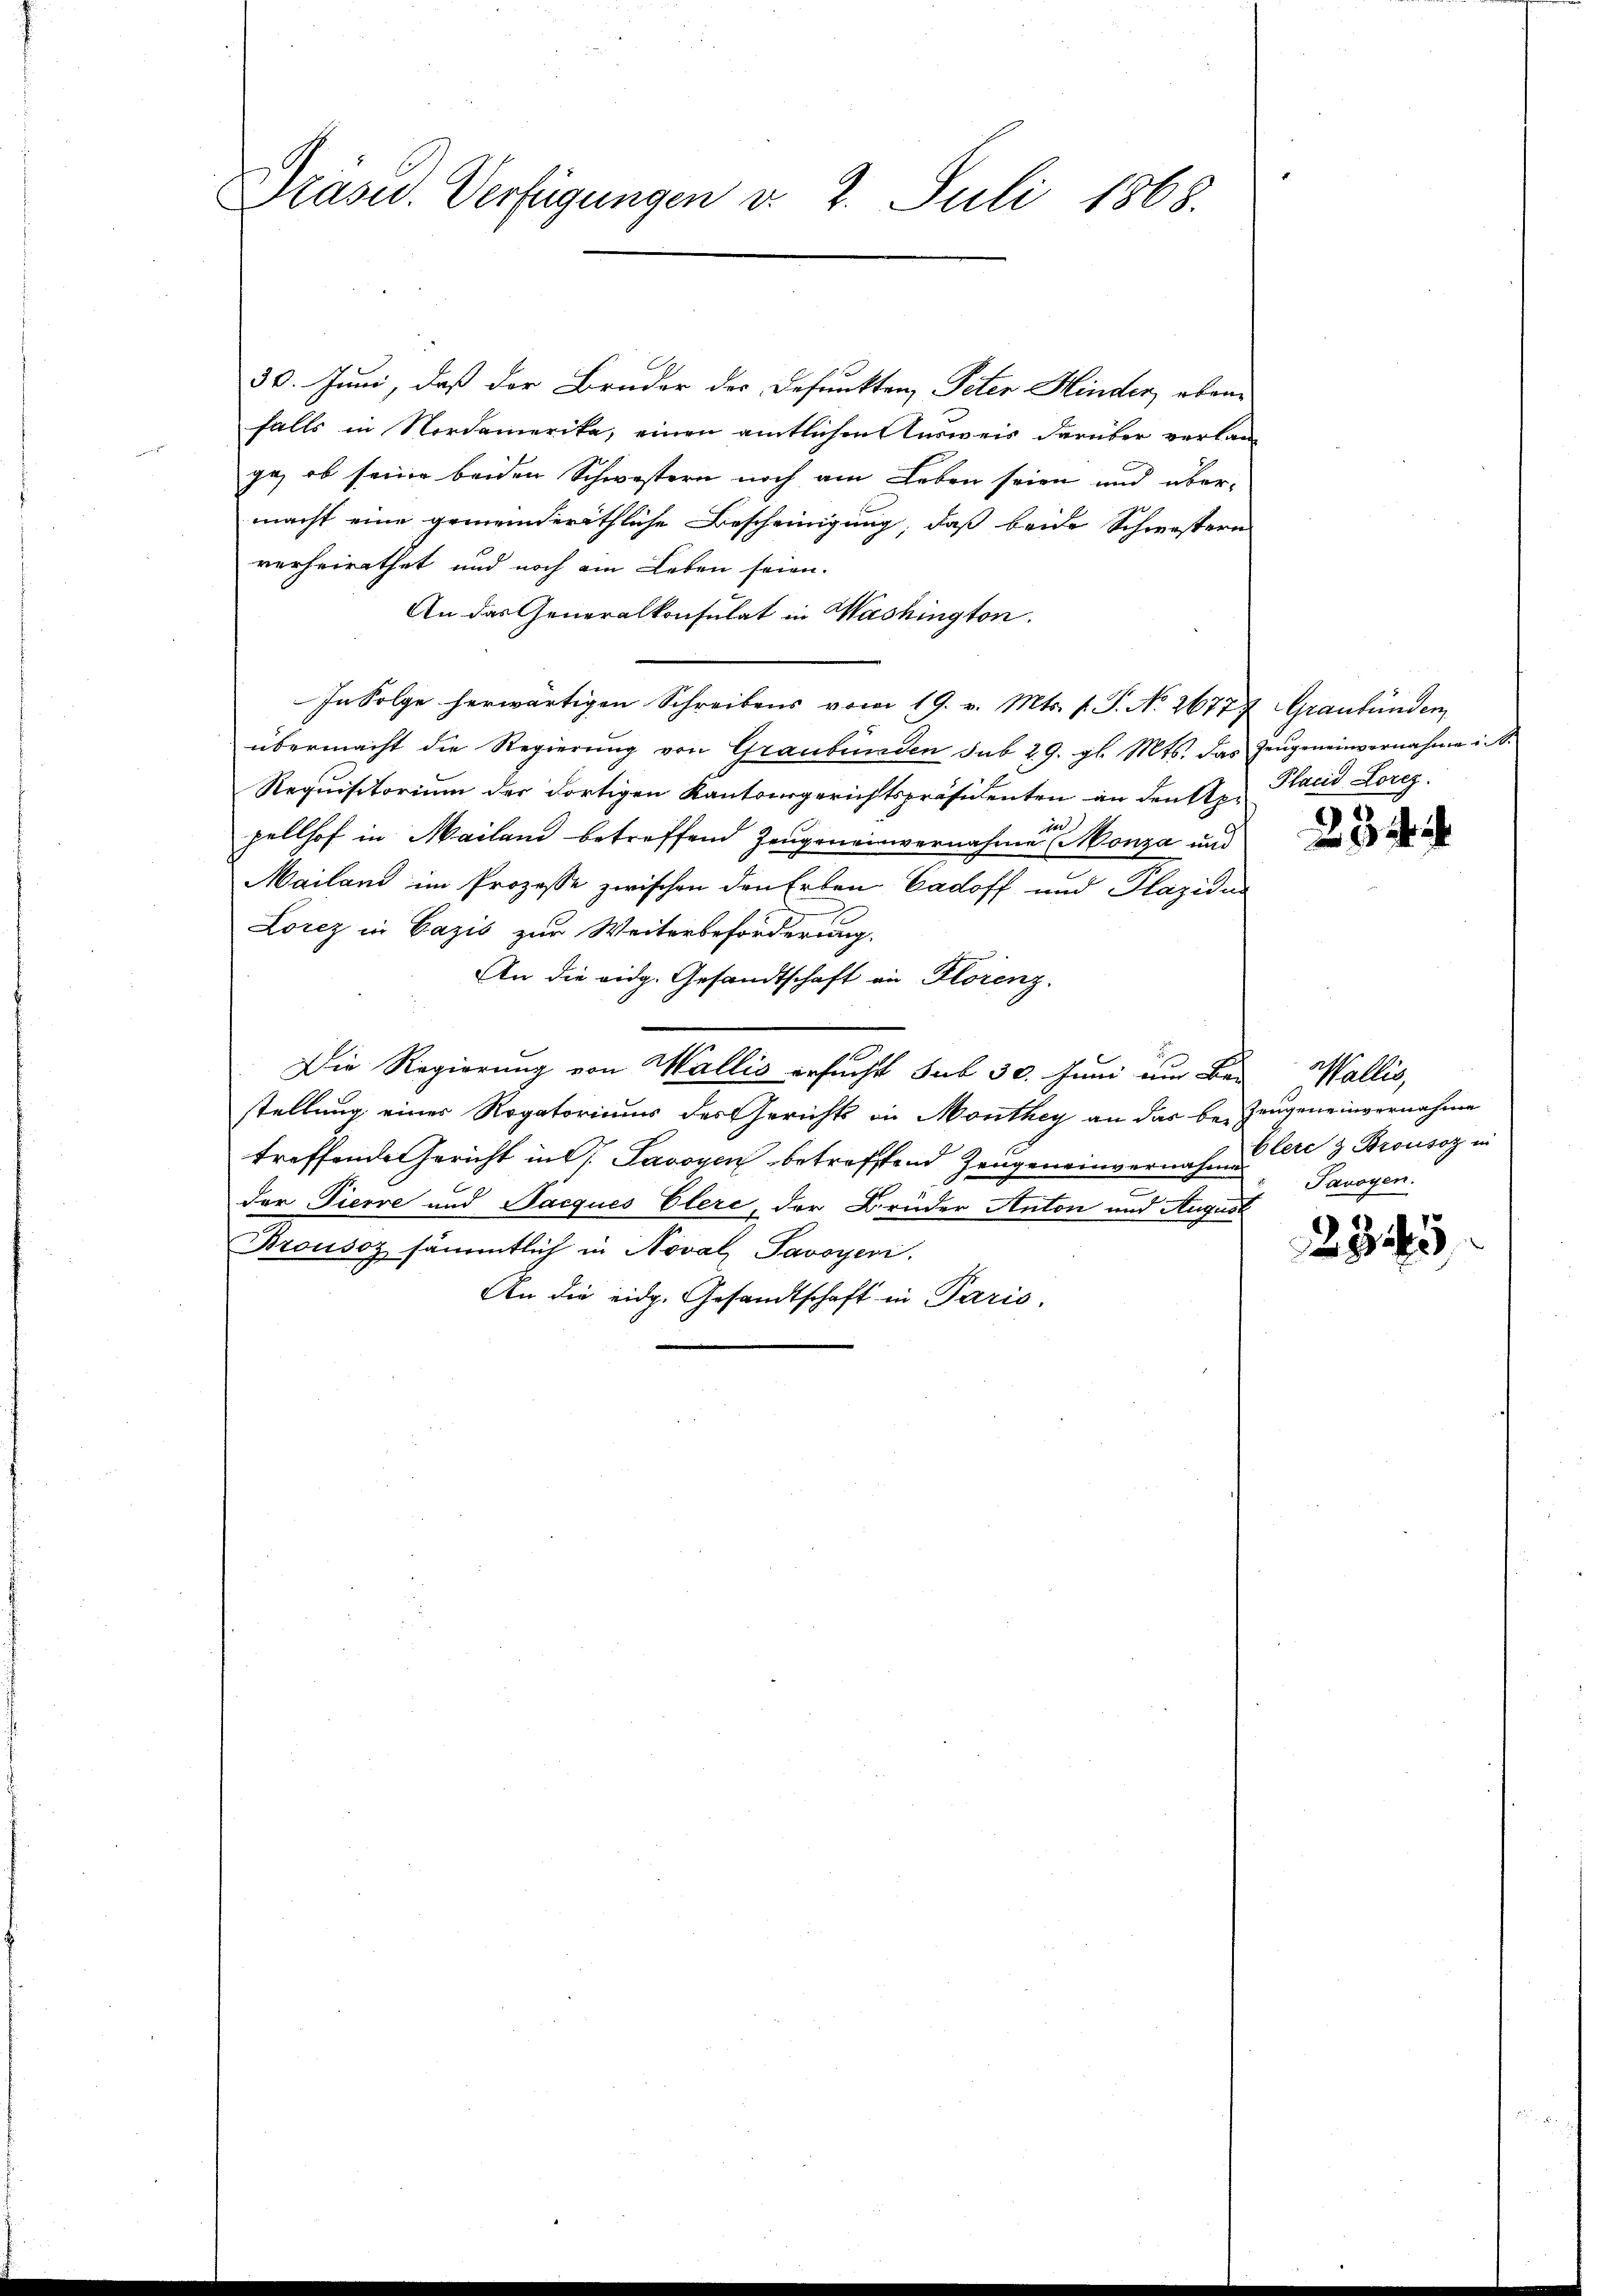
Präsid. Verfügungen v. 2. Juli 1868.

30. Juni, daß der Bruder des Defunkten, Peter Hinden, ebenfalls in Nordamerika, einen amtlichen Ausweis darüber verlan
ge, ob seine beiden Schwestern noch am Leben seien und übermacht eine gemeinderäthliche Bescheinigung, daß beide Schwestern
verheirathet und noch am Leben seien.
An das Generalkonsulat in Washington.
In Folge herwärtigen Schreibens vom 19. v. Mts. f. P. No 26777 Graubünden,
übermacht die Regierŭng von Graubünden sub 29. gl. Mts. das Zeŭgeneinvernahme i
Requisitorium der dortigen Kantonsgerichtspräsidenten an denkten Placid Lorez.
de
pellhof in Mailand betreffend Zeugeneinvernahme (Monza und
Mailand im Prozesse zwischen den Erben Cadoff und Plazidus
Lorez in Cazis zur Weiterbeförderung.
An die vidg. Gesandtschaft an Florenz.
Die Regierung von Wallis ersucht sub 30. Juni nur Be-
stellung einer Rogatoriums des Gerichts in Monthey an das bei Zeugeneinvernahme
treffende Gericht in G. Savoyen betreffend Zeugeneinvernahme Cre 3 Brousaz in
der Tierre und Jacques Elerc, der Brüder Anton und August
Brousoz sämmtlich in Noval Savoyeri.
An die eidg. Gesandtschaft in Paris.

Wallis,
Tavoyen.

2325